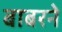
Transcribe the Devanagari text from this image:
बाबरने